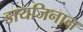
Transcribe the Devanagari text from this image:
डायजिनान